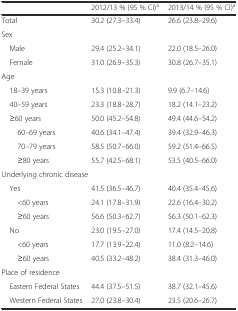
<table><thead><tr><td>[EMPTY_CELL]</td><td><b>2012/13 % (95 % CI)<sup>a</sup></b></td><td><b>2013/14 % (95 % CI)<sup>a</sup></b></td></tr></thead><tbody><tr><td>Total</td><td>30.2 (27.3–33.4)</td><td>26.6 (23.8–29.6)</td></tr><tr><td colspan="3">Sex</td></tr><tr><td> Male</td><td>29.4 (25.2–34.1)</td><td>22.0 (18.5–26.0)</td></tr><tr><td> Female</td><td>31.0 (26.9–35.3)</td><td>30.8 (26.7–35.1)</td></tr><tr><td colspan="3">Age</td></tr><tr><td> 18–39 years</td><td>15.3 (10.8–21.3)</td><td>9.9 (6.7–14.6)</td></tr><tr><td> 40–59 years</td><td>23.3 (18.8–28.7)</td><td>18.2 (14.1–23.2)</td></tr><tr><td> ≥60 years</td><td>50.0 (45.2–54.8)</td><td>49.4 (44.6–54.2)</td></tr><tr><td>60–69 years</td><td>40.6 (34.1–47.4)</td><td>39.4 (32.9–46.3)</td></tr><tr><td>70–79 years</td><td>58.5 (50.7–66.0)</td><td>59.2 (51.4–66.5)</td></tr><tr><td>≥80 years</td><td>55.7 (42.5–68.1)</td><td>53.5 (40.5–66.0)</td></tr><tr><td colspan="3">Underlying chronic disease</td></tr><tr><td> Yes</td><td>41.5 (36.5–46.7)</td><td>40.4 (35.4–45.6)</td></tr><tr><td>&lt;60 years</td><td>24.1 (17.8–31.9)</td><td>22.6 (16.4–30.2)</td></tr><tr><td>≥60 years</td><td>56.6 (50.3–62.7)</td><td>56.3 (50.1–62.3)</td></tr><tr><td> No</td><td>23.0 (19.5–27.0)</td><td>17.4 (14.5–20.8)</td></tr><tr><td>&lt;60 years</td><td>17.7 (13.9–22.4)</td><td>11.0 (8.2–14.6)</td></tr><tr><td>≥60 years</td><td>40.5 (33.2–48.2)</td><td>38.4 (31.3–46.0)</td></tr><tr><td colspan="3">Place of residence</td></tr><tr><td> Eastern Federal States</td><td>44.4 (37.5–51.5)</td><td>38.7 (32.1–45.6)</td></tr><tr><td> Western Federal States</td><td>27.0 (23.8–30.4)</td><td>23.5 (20.6–26.7)</td></tr></tbody></table>